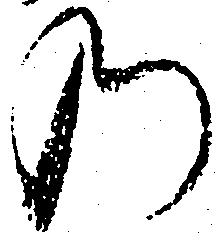
の